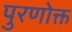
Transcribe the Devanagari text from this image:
पुरणोक्त